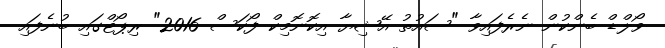
ވޯލްޑް ބެންކުން ނެރެފައިވާ "ސައުތު އޭޝިޔާ އިކޮނޮމިކް ފޯކަސް 2016" ރިޕޯޓްގައި ބުނެފައި